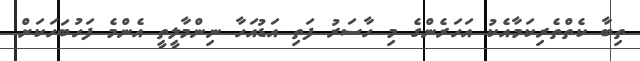
ތިބާ ކެތްތެރިކަމާއެކު އަހަރެންގެ މި ހާސަރު ފަތި އަޑުއަހާ ނިންމާލީތީ އެންމެ ފަހުބަހަކަށް